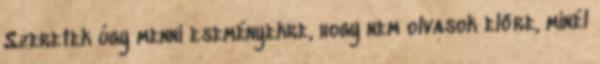
Szeretek úgy menni eseményekre, hogy nem olvasok előre, minél